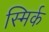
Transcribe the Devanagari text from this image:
स्मिर्क